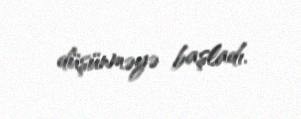
düşünməyə başladı.